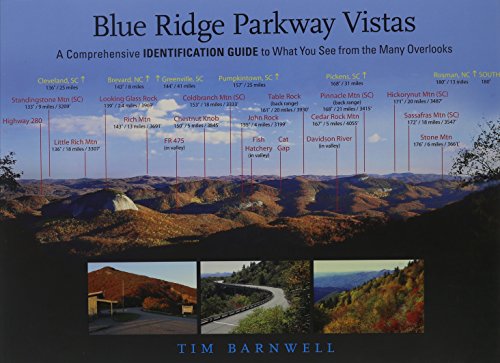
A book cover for Blue Ridge Parkway Vistas: A Comprehensive Identification Guide to What You See from the Many Overlooks; Tim Barnwell; Arts & Photography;